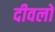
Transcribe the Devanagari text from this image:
दीवलों